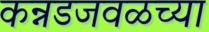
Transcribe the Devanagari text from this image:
कन्नडजवळच्या